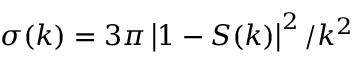
\sigma ( k ) = 3 \pi \left| 1 - S ( k ) \right| ^ { 2 } / k ^ { 2 }